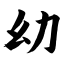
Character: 幼